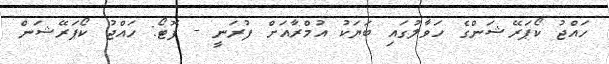
ހައްޖު ކޯޕަރޭޝަންގެ ހަވާލުގައި ބަޔަކު އުމްރާއަށް ފުރަނީ - ފޮޓޯ: ހައްޖު ކޯޕަރޭޝަން